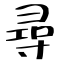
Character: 尋